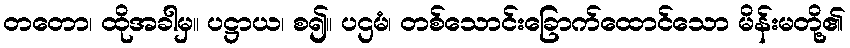
တတော၊ ထိုအခါမှ။ ပဋ္ဌာယ၊ စ၍။ ပဌမံ၊ တစ်သောင်းခြောက်ထောင်သော မိန်းမတို့၏